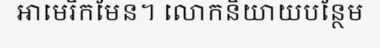
អាមេរិកមែន។ លោកនិយាយបន្ថែម